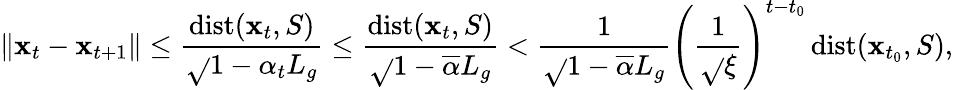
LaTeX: \left\Vert\mathbf{x}_{t}-\mathbf{x}_{t+1}\right\Vert\leq\frac{{\operatorname{dist}(\mathbf{x}_{t},S)}}{{\sqrt{}{{1-\alpha_{t}L_{g}}}}}\leq\frac{{\operatorname{dist}(\mathbf{x}_{t},S)}}{{\sqrt{}{{1-\overline{{{\alpha}}}L_{g}}}}}<\frac{{1}}{{\sqrt{}{{1-\overline{{{\alpha}}}L_{g}}}}}\left(\frac{{1}}{{\sqrt{}{{\xi}}}}\right)^{t-t_{0}}\operatorname{dist}(\mathbf{x}_{t_{0}},S),